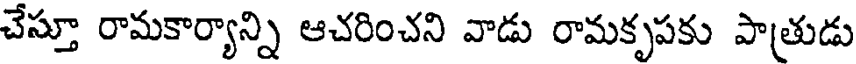
చేస్తూ రామకార్యాన్ని ఆచరించని వాడు రామకృపకు పాత్రుడు